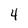
Character: 4